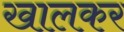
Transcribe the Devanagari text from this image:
खालकर